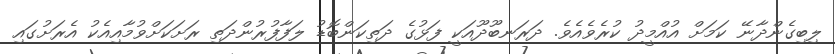
ލިބިގެންދާނޭ ކަމަށް އުއްމީދު ކުރެވެއެވެ. ދަރަނބޫދޫއަކީ ފަޅުގެ ދަތިކަންބޮޑު ލަފާފުރުންދަތި ރަށަކަށްވުމާއިއެކު އެރަށުގައި